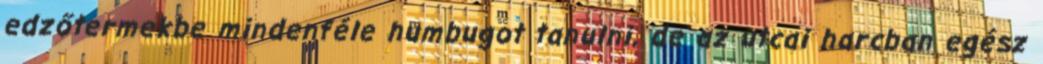
edzőtermekbe mindenféle humbugot tanulni, de az utcai harcban egész